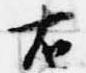
右